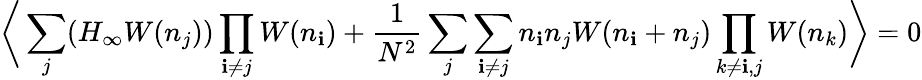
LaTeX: \bigg\langle\sum_{j}(H_{\infty}W(n_{j}))\prod_{\mathbf{i}\not{=}j}W(n_{\mathbf{i}})+{\frac{{1}}{{N^{2}}}}\sum_{j}\sum_{\mathbf{i}\not{=}j}n_{\mathbf{i}}n_{j}W(n_{\mathbf{i}}+n_{j})\prod_{k\not{=}\mathbf{i},j}W(n_{k})\bigg\rangle=0